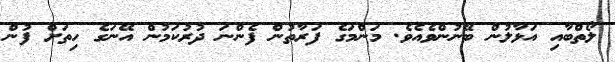
ލޯތްބާއި އަޅާލުން ބޭނުންވެއެވެ. މަންމަގެ ފަރާތުން ފެންނަ ދުރުކަމުން އޭނަގެ ހިތަށް ފުން